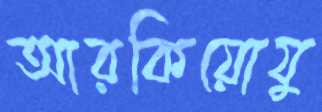
আরকিয়োযু